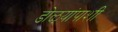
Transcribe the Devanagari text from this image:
डोळ्यांपाशी